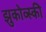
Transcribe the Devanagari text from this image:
झुकोव्स्की